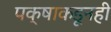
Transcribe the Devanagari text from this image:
पक्षाकडूनही